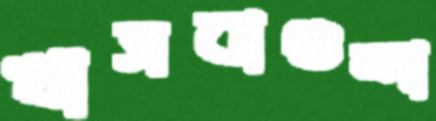
খাসবাগুন্দা